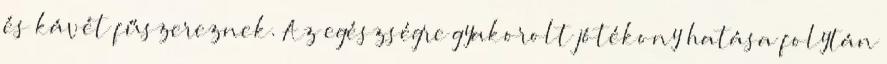
és kávét fűszereznek. Az egészségre gyakorolt jótékony hatása folytán